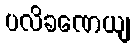
ပလိခဏေယျ